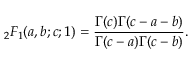
{ } _ { 2 } F _ { 1 } ( a , b ; c ; 1 ) = \frac { \Gamma ( c ) \Gamma ( c - a - b ) } { \Gamma ( c - a ) \Gamma ( c - b ) } .